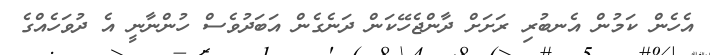
އެހެން ކަމުން އެނބުރި ރަށަށް ދާންޖެހޭކަން ދަނެގެން އަބަދުވެސް ހުންނާނީ އެ ދުވަހެއްގެ